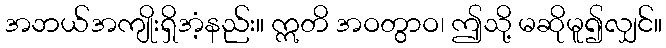
အဘယ်အကျိုးရှိအံ့နည်း။ ဣတိ အဝတွာဝ၊ ဤသို့ မဆိုမူ၍လျှင်။